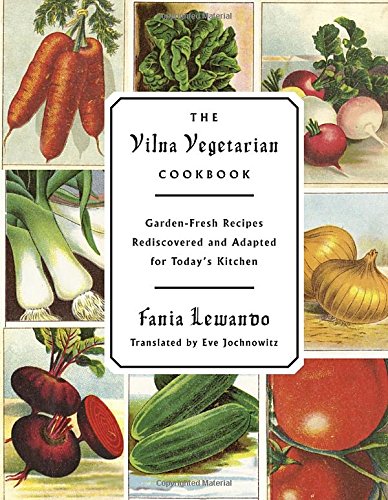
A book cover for The Vilna Vegetarian Cookbook: Garden-Fresh Recipes Rediscovered and Adapted for Today's Kitchen; Fania Lewando; Cookbooks, Food & Wine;